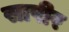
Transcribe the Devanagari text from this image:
सापीर